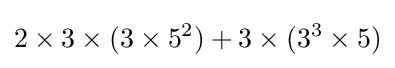
2\times 3\times (3\times 5^{2})+3\times (3^{3}\times 5)